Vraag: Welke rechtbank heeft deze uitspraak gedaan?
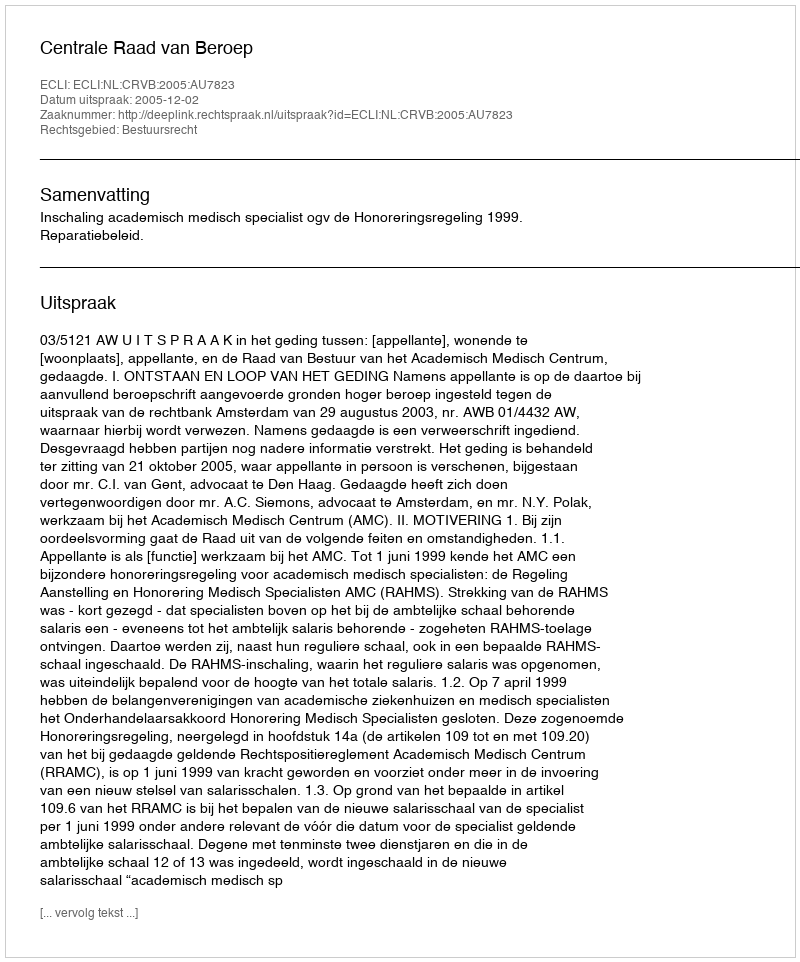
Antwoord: Centrale Raad van Beroep